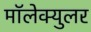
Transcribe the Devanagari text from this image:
मॉलेक्युलर